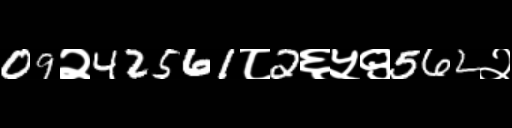
Text: 09२42561८2६५९562२